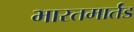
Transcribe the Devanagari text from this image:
भारतमार्तंड